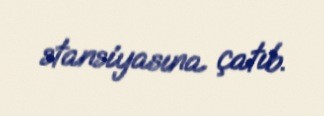
stansiyasına çatıb.